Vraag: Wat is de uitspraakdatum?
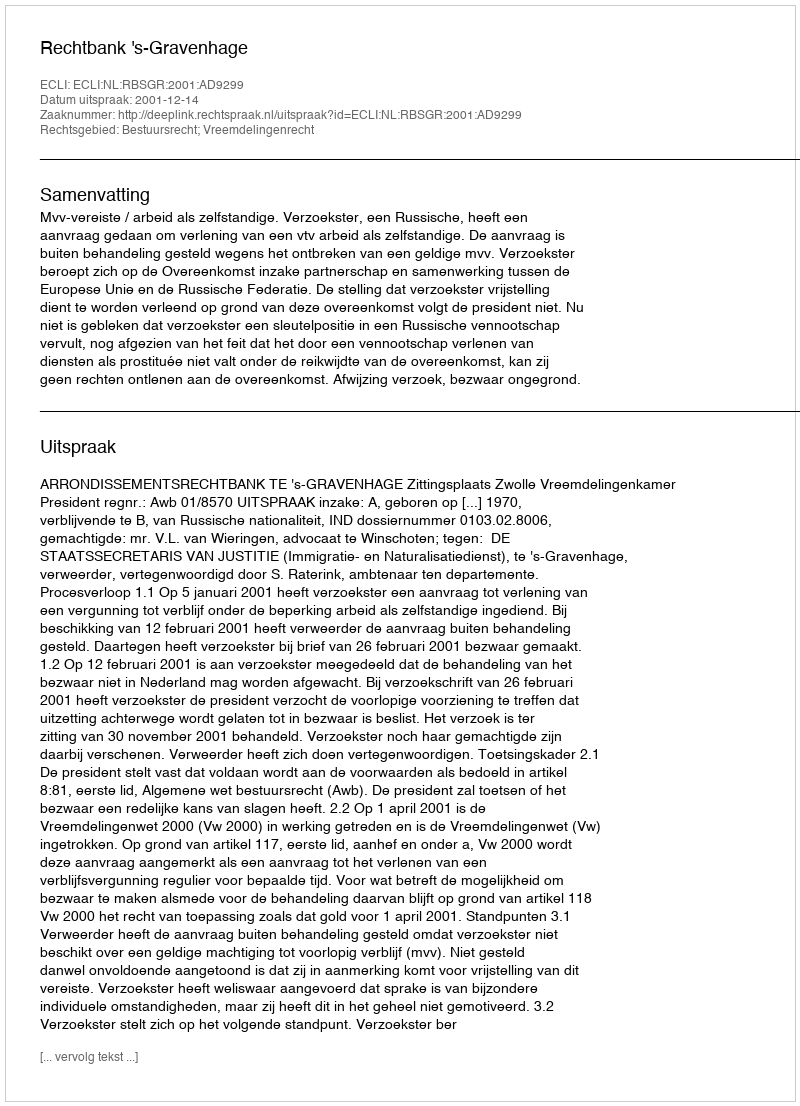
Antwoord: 2001-12-14